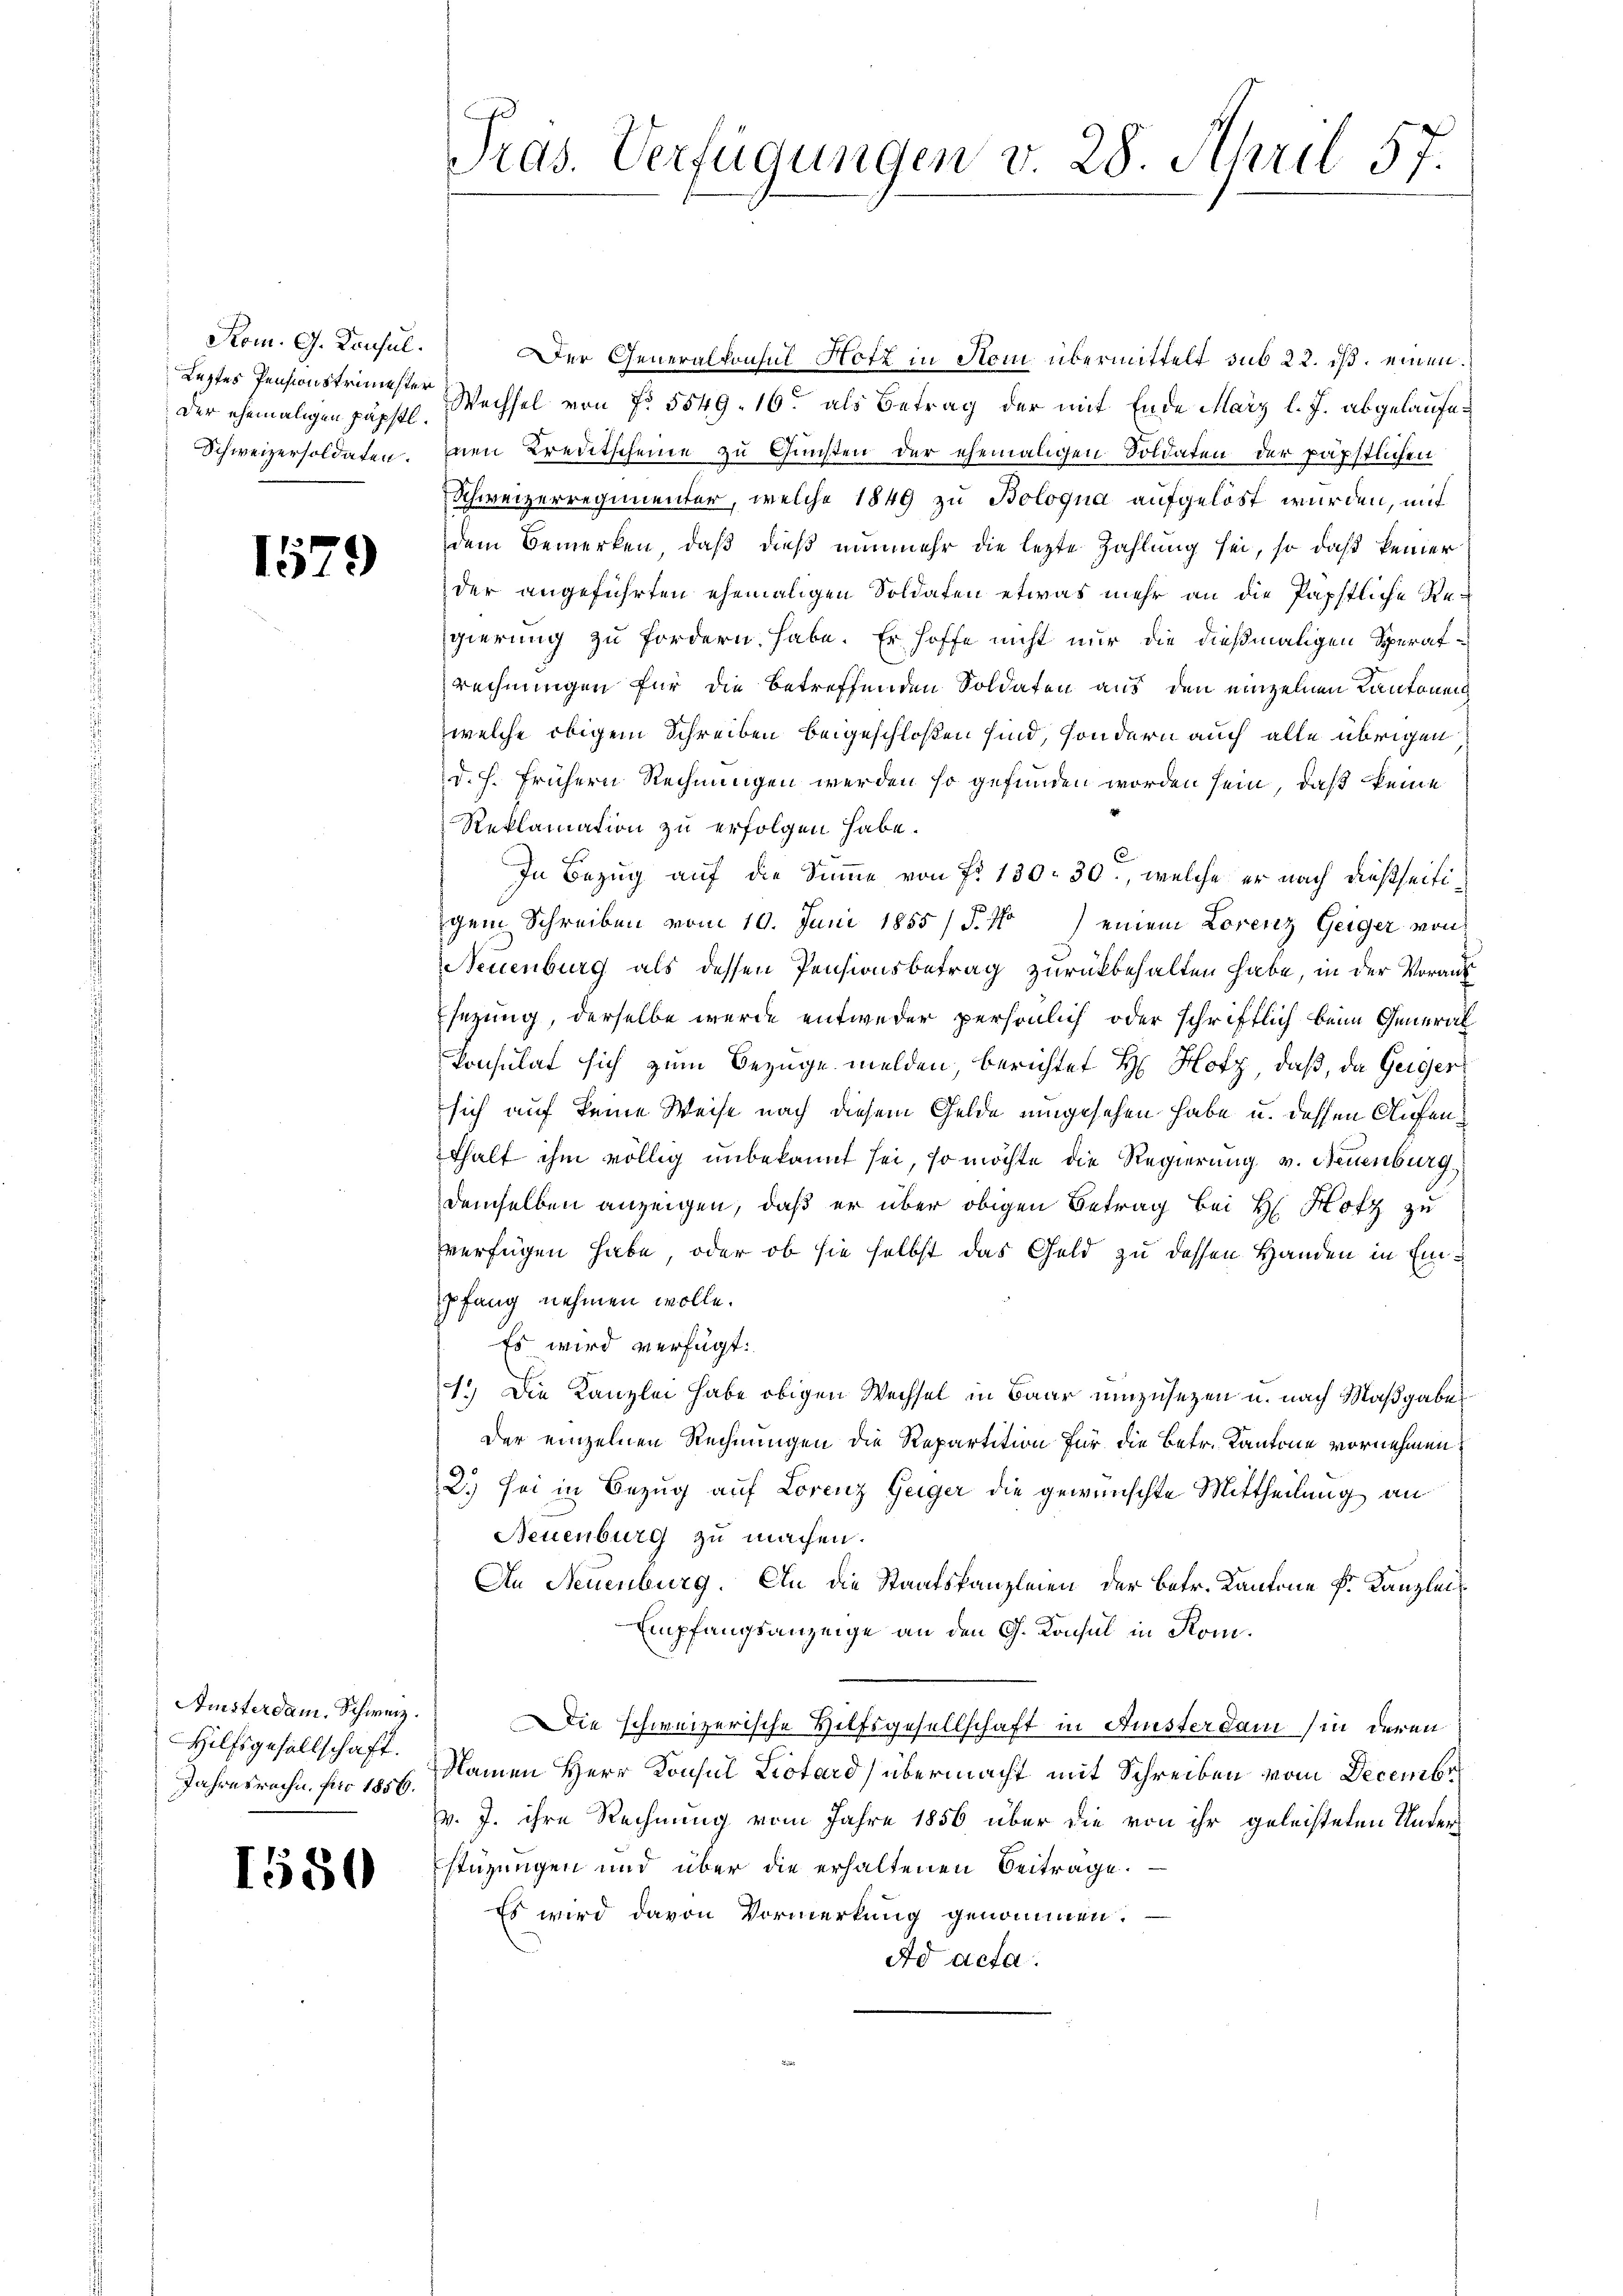
Rom. G. Konsul
Leztes Pensions trimester
Der ehemaligen päpstl.
Schweizersoldaten.

1579

Amsterdam. Schweiz.
Hilfsgesellschaft.
Jahresrechn. pro 1856.

1550

Pras. Verfügungen v. 28. April 57.

Der Generalkonsul Notz in Som übermittelt sub 22. ds. einen
Wechsel von No. 5549. 16. als Betrag der mit Ende März l. J. abgelaufe¬
Inen Kreditscheine zu Gunsten der ehemaligen Soldaten der päpstlichen
Schweizerregimenter, welche 1849 zu Bologna aufgelöst wurden, mit
dem Bemerken, daß dieß nunmehr die lezte Zahlung sei, so daß keiner
der angeführten ehemaligen Soldaten etwas mehr an die Papstliche Regierung zu fordern habe. Er hoffe nicht nur die dießmaligen Speratrechnungen für die betreffenden Soldaten aus den einzelnen Kantonen
welche obigem Schreiben beigeschloßen sind, sondern auch alle übrigen
d. h. frühern Rechnungen werden so gefunden worden sein, daß keine
Reklamation zu erfolgen habe.
In Bezug auf die Summe von No 130. 30., welche er nach dießseitigem Schreiben vom 10. Juni 1855/ P. Nro) einem Lorenz Geiger von
Neuenburg als dessen Pensionsbetrag zurückbehalten habe, in der Voraus
Esezung, derselbe wurde entweder persönlich oder schriftlich beim General
Consulat sich zum Bezüge melden, berichtet Hr. Hotz, daß, da Geiger
sich auf keine Weise nach diesem Gelde umgesehen habe u. dessen Aufenthalt ihm völlig unbekannt sei, so möchte die Regierung v. Neuenburg,
demselben anzeigen, daß er über obigen Betrag bei H. Hotz zu
vverfügen habe, oder ob sie selbst das Geld zu dessen Handen in Einpfang nehmen wolle.
Es wird verfügt:
1.) Die Kanzlei habe obigen Wechsel in Baar umzusetzen u. nach Maßgabe
Der einzelnen Rechnungen die Repartition für die Betr. Kantone vornehmen:
2.) Sei in Bezug auf Lorenz Geiger die gewünschte Mittheilung an
Neuenburg zu machen.
An Neuenburg. An die Staatskanzleien der Betr. Kantone Fr. Kanzlei
Empfangsanzeige an den G. Konsul in Kom¬
Die schweizerische Hilfsgesellschaft in Anisterdam (in deren
Namen Herr Konsul Liotard) übermacht mit Schreiben vom Decembr
v. J. ihre Rechnung vom Jahre 1856 über die von ihr geleisteten Unterstüzungen und über die erhaltenen Beitrage.
Es wird davon Vormerkung genommen.
Ad acta.